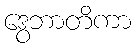
ဒွေဘာတိကာ